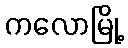
ကလောမြို့